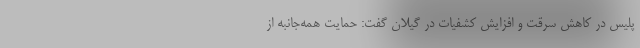
پلیس در کاهش سرقت و افزایش کشفیات در گیلان گفت: حمایت همه‌جانبه از